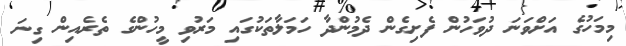
މިމަހުގެ އަށްވަނަ ދުވަހުން ފެށިގެން ދެމުންދާ ހަމަލާތަކުގައި މަރުވި މީހުންގެ ތެރެއިން ގިނަ